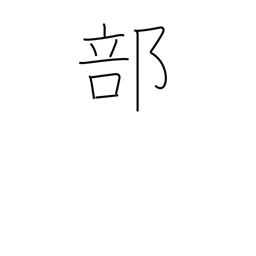
Meaning: portion